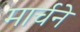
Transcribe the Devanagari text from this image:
मार्चने